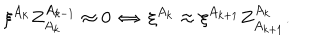
LaTeX: \xi ^ { A _ { k } } Z _ { A _ { k } } ^ { A _ { k - 1 } } \approx 0 \: \Leftrightarrow \: \xi ^ { A _ { k } } \approx \xi ^ { A _ { k + 1 } } Z _ { A _ { k + 1 } } ^ { A _ { k } } .